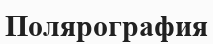
Полярография